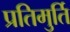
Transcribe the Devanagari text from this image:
प्रतिमुर्ति